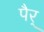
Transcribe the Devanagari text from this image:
पैर्